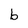
Character: b